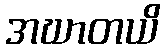
အဃာတယိ